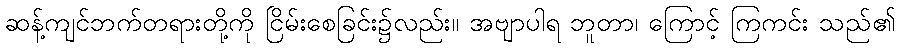
ဆန့်ကျင်ဘက်တရားတို့ကို ငြိမ်းစေခြင်း၌လည်း။ အဗျာပါရ ဘူတာ၊ ကြောင့် ကြကင်း သည်၏